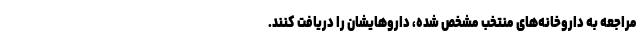
مراجعه به داروخانه‌های منتخب مشخص شده، داروهایشان را دریافت کنند.